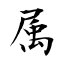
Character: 属